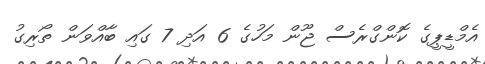
އެމްޑީޕީގެ ކޮންގްރެސް ޖޫން މަހުގެ 6 އަދި 7 ގައި ބާއްވަން ތޯރިގު